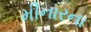
મીનારના